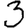
Digit: 3